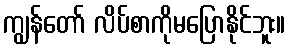
ကျွန်တော် လိပ်စာကိုမပြောနိုင်ဘူး။